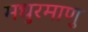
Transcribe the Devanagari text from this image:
मधुरमाणु